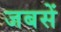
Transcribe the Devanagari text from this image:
जबसें